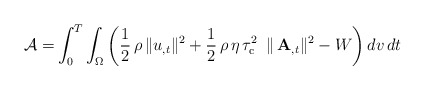
\begin{align*}\mathcal{A}=&\int_{0}^{T}\int_\Omega\bigg(\frac{1}{2}\,\rho\,\|u_{,t}\|^2+\frac{1}{2}\,\rho\,\eta\,\tau_{\rm c}^2\,\,\,\| \,\mathbf{A}_{,t}\|^2-W\bigg)\, dv\,dt\end{align*}